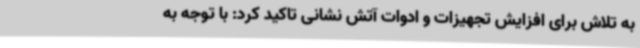
به تلاش برای افزایش تجهیزات و ادوات آتش نشانی تاکید کرد: با توجه به